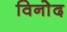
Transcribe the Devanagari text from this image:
विनोेद